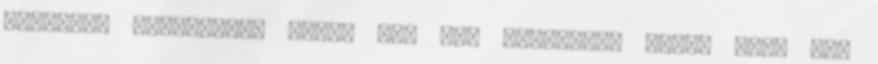
néznélek leprásnak. Tudom nem rám értetted. Nekem volt már